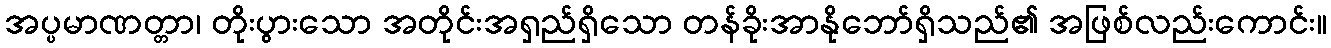
အပ္ပမာဏတ္တာ၊ တိုးပွားသော အတိုင်းအရှည်ရှိသော တန်ခိုးအာနိုဘော်ရှိသည်၏ အဖြစ်လည်းကောင်း။